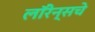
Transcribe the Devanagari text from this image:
लॉरेन्सचे